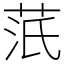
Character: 䓋